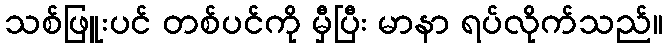
သစ်ဖြူးပင် တစ်ပင်ကို မှီပြီး မာနာ ရပ်လိုက်သည်။